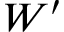
W ^ { \prime }